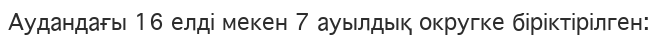
Аудандағы 16 елді мекен 7 ауылдық округке біріктірілген: